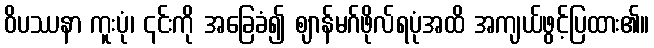
ဝိပဿနာ ကူးပုံ၊ ၎င်းကို အခြေခံ၍ ဈာန်မဂ်ဖိုလ်ရပုံအထိ အကျယ်ဖွင့်ပြထား၏။